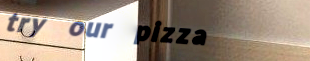
try our pizza